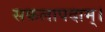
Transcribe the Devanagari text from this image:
सकलापदाम्‌।